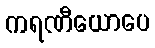
ကရဏီယောပေ